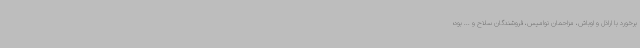
برخورد با اراذل و اوباش، مزاحمان نوامیس، فروشندگان سلاح و ... بود؛